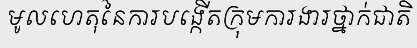
មូលហេតុនៃការបង្កើតក្រុមការងារថ្នាក់ជាតិ